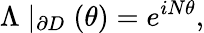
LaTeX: \Lambda\mid_{\partial D}(\theta)=e^{iN\theta},